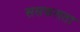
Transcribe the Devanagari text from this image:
ससफलता